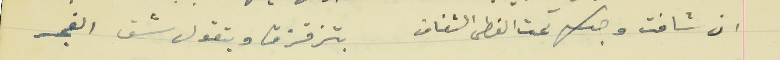
ان شافت وجك تحت الغطى الشفاف                               بتزقزق وبتقول شق الفجر